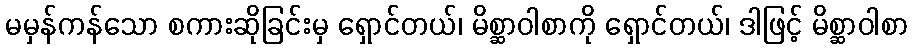
မမှန်ကန်သော စကားဆိုခြင်းမှ ရှောင်တယ်၊ မိစ္ဆာဝါစာကို ရှောင်တယ်၊ ဒါဖြင့် မိစ္ဆာဝါစာ